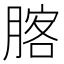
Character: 𦝣